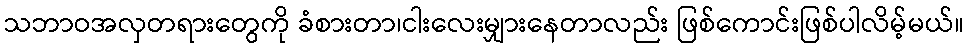
သဘာဝအလှတရားတွေကို ခံစားတာ၊ငါးလေးမျှားနေတာလည်း ဖြစ်ကောင်းဖြစ်ပါလိမ့်မယ်။